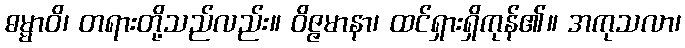
ဓမ္မာဝိ၊ တရားတို့သည်လည်း။ ဝိဇ္ဇမာနာ၊ ထင်ရှားရှိကုန်၏။ အကုသလာ၊